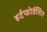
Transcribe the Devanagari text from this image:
हर्टफोर्डशिर